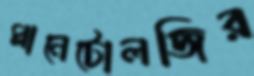
প্লানেটোলজির